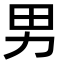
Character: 男